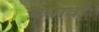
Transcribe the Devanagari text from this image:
बसावों